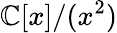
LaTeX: \mathbb{C}[x]/(x^{2})